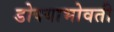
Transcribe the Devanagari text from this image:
डोक्याभोवती